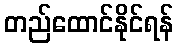
တည်ထောင်နိုင်ရန်